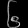
Digit: ၆